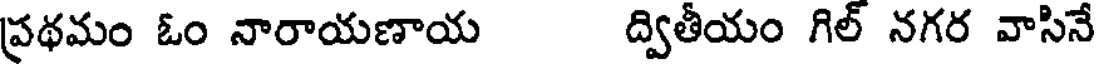
ప్రథమం ఓం నారాయణాయ ద్వితీయం గిల్ నగర వాసినే